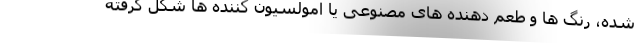
شده، رنگ ها و طعم دهنده های مصنوعی یا امولسیون کننده ها شکل گرفته